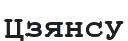
Цзянсу